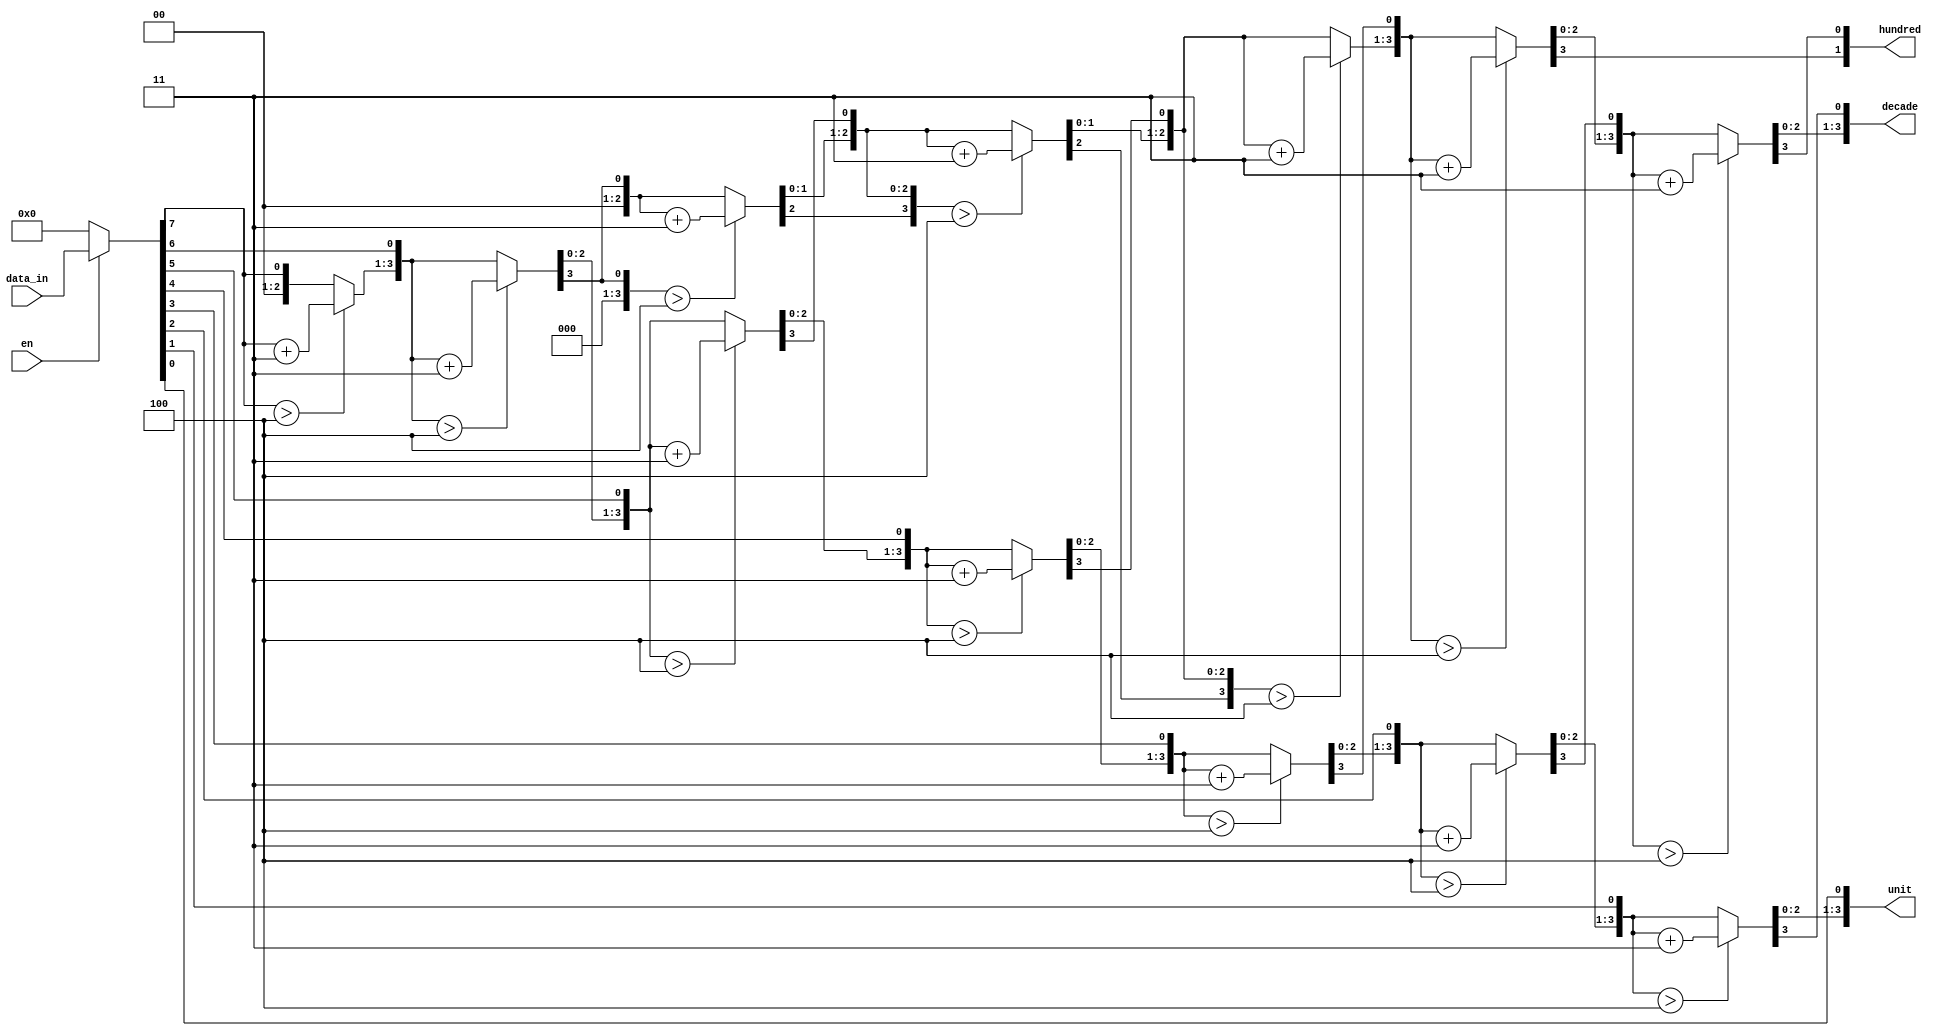
module BCD
(
	input wire [7:0]		data_in,
	input wire en,
	output [3:0] 	unit,
	output [3:0]	decade,
	output [1:0]	hundred
);
	
	wire [7:0]	binary;
	reg [17:0] comb;
	// wire [3:0] cnt;
	assign binary = en?data_in:8'd0;
	//assign cnt = (en && cnt <= 4'd7)?cnt + 1: 0;
		
	always @(*)
	begin
		comb = {10'b0,binary};
		begin
			if(comb[11:8] > 4'b0100)
				comb[11:8] = comb[11:8] + 4'b0011;
			if(comb[15:12] > 4'b0100)
				comb[15:12] = comb[15:12] + 4'b0011;
			comb = {comb[16:0],1'b0};					//0
			
			if(comb[11:8] > 4'b0100)
				comb[11:8] = comb[11:8] + 4'b0011;
			if(comb[15:12] > 4'b0100)
				comb[15:12] = comb[15:12] + 4'b0011;
			comb = {comb[16:0],1'b0};					//1
			
			if(comb[11:8] > 4'b0100)
				comb[11:8] = comb[11:8] + 4'b0011;
			if(comb[15:12] > 4'b0100)
				comb[15:12] = comb[15:12] + 4'b0011;
			comb = {comb[16:0],1'b0};					//2
			
			if(comb[11:8] > 4'b0100)
				comb[11:8] = comb[11:8] + 4'b0011;
			if(comb[15:12] > 4'b0100)
				comb[15:12] = comb[15:12] + 4'b0011;
			comb = {comb[16:0],1'b0};					//3
			
			if(comb[11:8] > 4'b0100)
				comb[11:8] = comb[11:8] + 4'b0011;
			if(comb[15:12] > 4'b0100)
				comb[15:12] = comb[15:12] + 4'b0011;
			comb = {comb[16:0],1'b0};					//4
			
			if(comb[11:8] > 4'b0100)
				comb[11:8] = comb[11:8] + 4'b0011;
			if(comb[15:12] > 4'b0100)
				comb[15:12] = comb[15:12] + 4'b0011;
			comb = {comb[16:0],1'b0};					//5
			
			if(comb[11:8] > 4'b0100)
				comb[11:8] = comb[11:8] + 4'b0011;
			if(comb[15:12] > 4'b0100)
				comb[15:12] = comb[15:12] + 4'b0011;
			comb = {comb[16:0],1'b0};					//6
			
			if(comb[11:8] > 4'b0100)
				comb[11:8] = comb[11:8] + 4'b0011;
			if(comb[15:12] > 4'b0100)
				comb[15:12] = comb[15:12] + 4'b0011;
			comb = {comb[16:0],1'b0};					//7
			
		end
		
	end
	
	assign hundred = comb[17:16];
	assign decade = comb[15:12];
	assign unit = comb[11:8];
endmodule